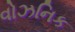
વોઝનિક